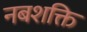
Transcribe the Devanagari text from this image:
नबशक्ति